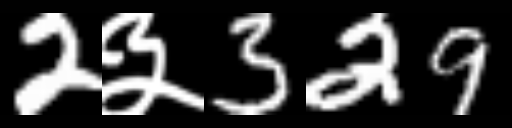
Text: 2३329